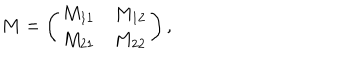
M = \left( \begin{array} { c c } { { M _ { 1 1 } } } & { { M _ { 1 2 } } } \\ { { M _ { 2 1 } } } & { { M _ { 2 2 } } } \\ \end{array} \right) ,